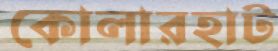
কোলারহাট